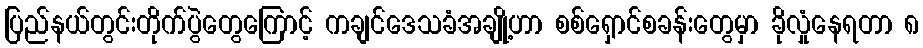
ပြည်နယ်တွင်းတိုက်ပွဲတွေကြောင့် ကချင်ဒေသခံအချို့ဟာ စစ်ရှောင်စခန်းတွေမှာ ခိုလှုံနေရတာ ၈